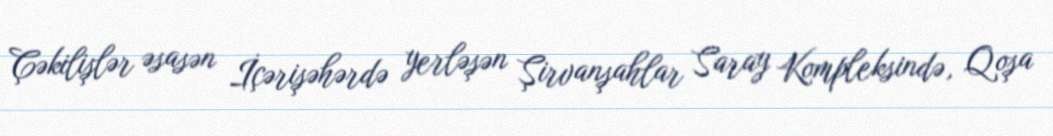
Çəkilişlər əsasən İçərişəhərdə yerləşən Şirvanşahlar Saray Kompleksində, Qoşa